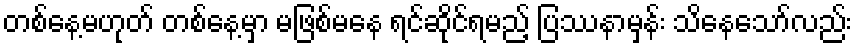
တစ်နေ့မဟုတ် တစ်နေ့မှာ မဖြစ်မနေ ရင်ဆိုင်ရမည့် ပြဿနာမှန်း သိနေသော်လည်း